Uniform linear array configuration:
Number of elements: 48
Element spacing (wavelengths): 0.25
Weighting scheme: hann
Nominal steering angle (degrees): -45
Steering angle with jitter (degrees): -46.398
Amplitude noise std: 0.05
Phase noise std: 0.05

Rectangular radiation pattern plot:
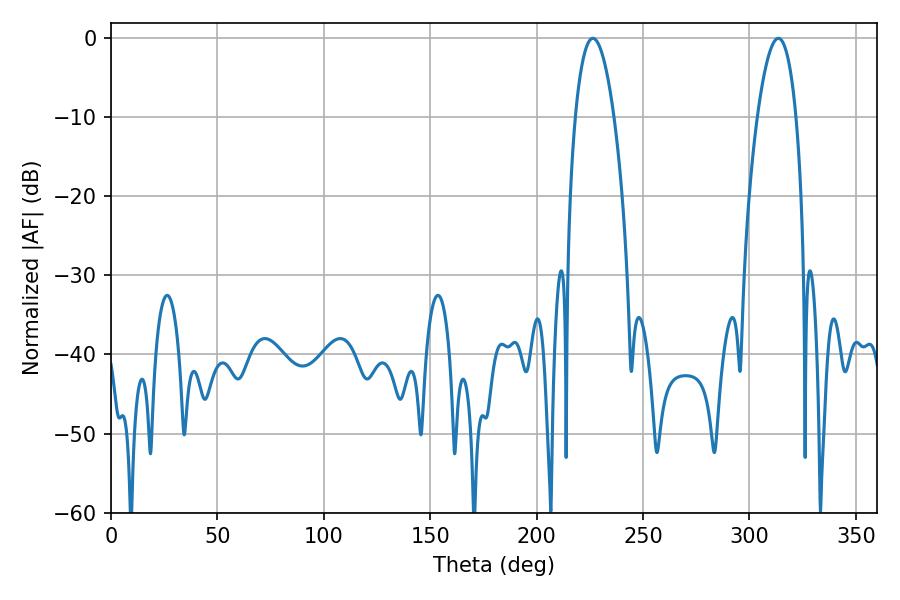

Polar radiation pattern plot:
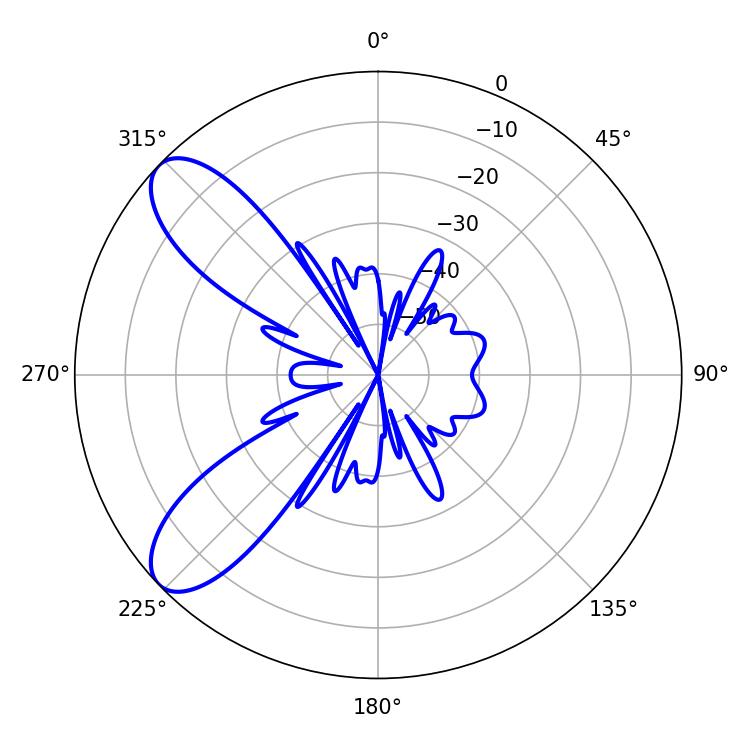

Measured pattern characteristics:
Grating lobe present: FALSE
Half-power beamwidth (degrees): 10.08
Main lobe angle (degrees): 313.56